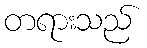
တရားသည်